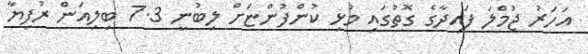
އަހަރު ޖުމްލަ ފައިދާގެ ގޮތުގައި މުޅި ކުންފުންޏަށް ލިބުނީ 7.3 ބިލިއަން ރުފިޔާ